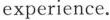
experience.